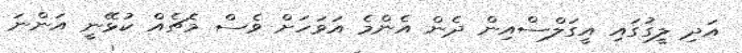
އަދި ލީގުގައި އީގަލްސްއިން ދެން އެންމެ އަވަހަށް ވެސް މެޗެއް ކުޅޭނީ އަންނަ